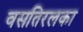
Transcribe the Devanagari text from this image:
वसतिरलका